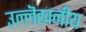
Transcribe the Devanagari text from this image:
उल्लॆखनीय